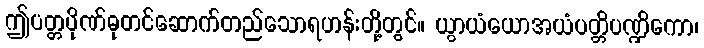
ဤပတ္တပိုဏ်ဓုတင်ဆောက်တည်သောရဟန်းတို့တွင်။ ယွာယံယောအယံပတ္တိပဏ္ဍိကော၊